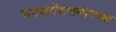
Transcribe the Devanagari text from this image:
सेटलमेंटसमोरच्या